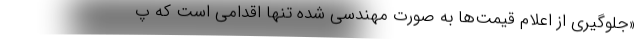
«جلوگیری از اعلام قیمت‌ها به صورت مهندسی شده تنها اقدامی است که پ